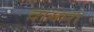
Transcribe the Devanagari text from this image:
दामारा